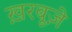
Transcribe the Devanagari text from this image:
ख़रबूज़े